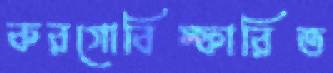
করগোবিস্ফারিত